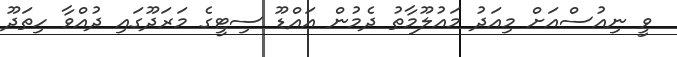
ވީ ނިއުސްއަށް މިއަދު މައުލޫމާތު ދެމުން އައްޑޫ ސިޓީގެ މަރަދޫގައި ދުއްވާ ހިތަދޫ